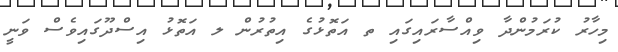
މިހާރު ކުރަމުންދާ ވިއްސާރައިގައި ތ އަތޮޅުގެ އިތުރުން ލ އަތޮޅު އިސްދޫގައިވެސް ވަނީ